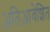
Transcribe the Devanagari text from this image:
अतिआवेशित